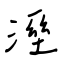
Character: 溼